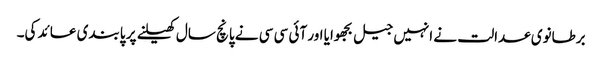
برطانوی عدالت نے انہیں جیل بجھوایا اور آئی سی سی نے پانچ سال کھیلنے پر پابندی عائد کی۔